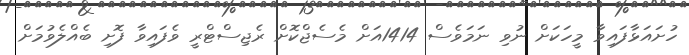
ހުށައަޅާފައިވާ މީހަކަށް ނުވި ނަމަވެސް 1414އަށް މެސެޖްކޮށް ރެޖިސްޓްރީ ވެފައިވާ ފޮށި ބެއްލެވުމަށް